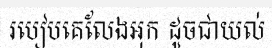
របៀបគេលែងអុក ដូចជាយល់